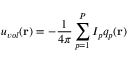
u _ { v o l } ( \mathbf { r } ) = - \frac { 1 } { 4 \pi } \sum _ { p = 1 } ^ { P } I _ { p } q _ { p } ( \mathbf { r } )